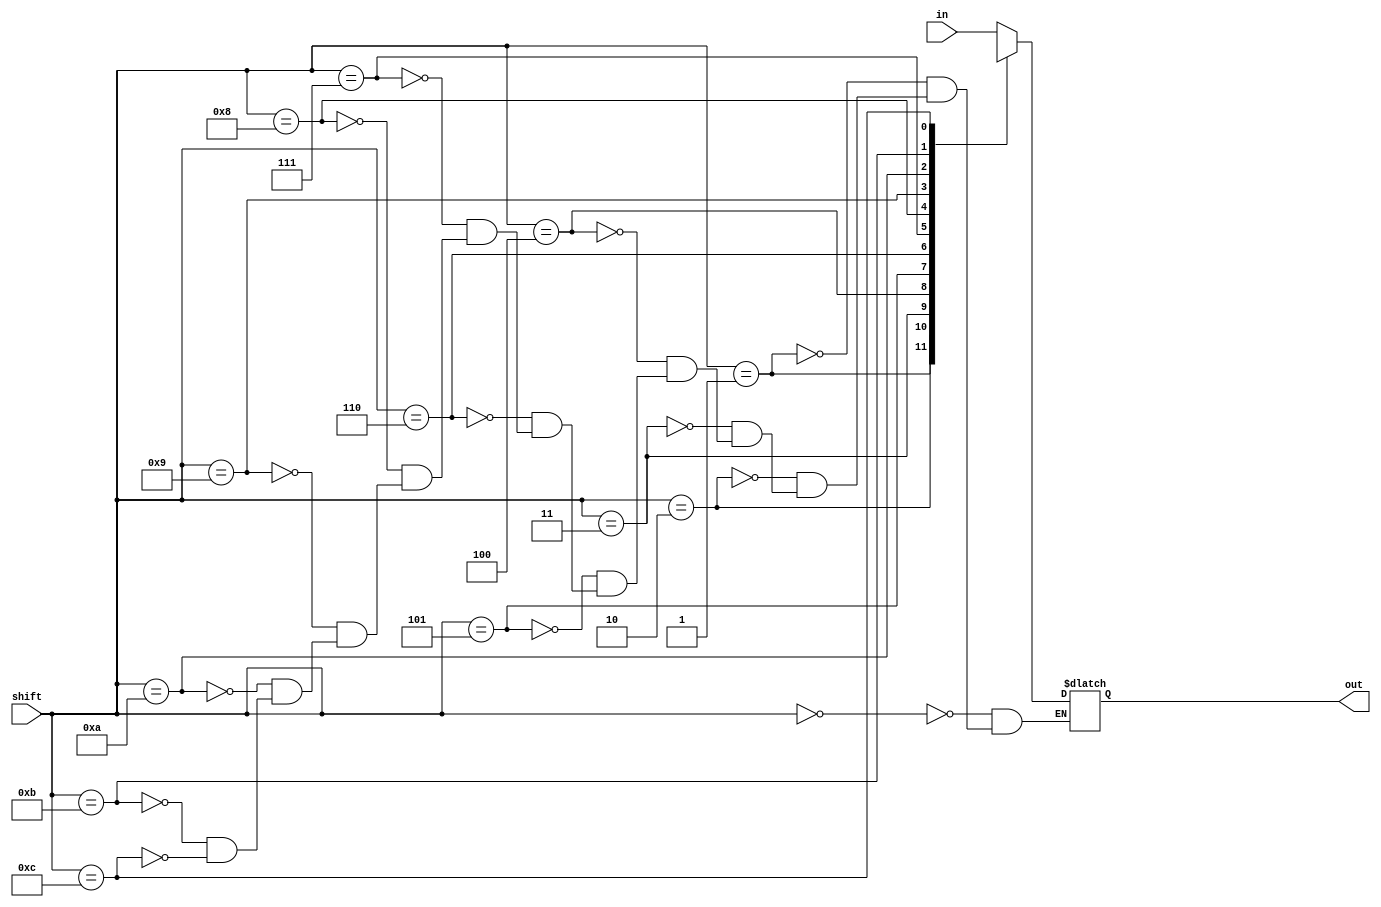
module shifter
	#(
	parameter IN_WIDTH		= 20,
	parameter SHFT_WIDTH	= 4,
	parameter OUT_WIDTH		= 20
	)
	(
	input			[IN_WIDTH-1:0] 					in,
	input			[SHFT_WIDTH-1:0] 				shift, // value 0
	output	reg		[OUT_WIDTH-1:0]					out
    );

	always@*
		case (shift)
		00:	out	= in[IN_WIDTH-1-00: IN_WIDTH-OUT_WIDTH-00];
		01:	out	= in[IN_WIDTH-1-01: IN_WIDTH-OUT_WIDTH-01];
		02:	out	= in[IN_WIDTH-1-02: IN_WIDTH-OUT_WIDTH-02];
		03:	out	= in[IN_WIDTH-1-03: IN_WIDTH-OUT_WIDTH-03];
		04:	out	= in[IN_WIDTH-1-04: IN_WIDTH-OUT_WIDTH-04];
		05:	out	= in[IN_WIDTH-1-05: IN_WIDTH-OUT_WIDTH-05];
		06:	out	= in[IN_WIDTH-1-06: IN_WIDTH-OUT_WIDTH-06];
		07:	out	= in[IN_WIDTH-1-07: IN_WIDTH-OUT_WIDTH-07];
		08:	out	= in[IN_WIDTH-1-08: IN_WIDTH-OUT_WIDTH-08];
		09:	out	= in[IN_WIDTH-1-09: IN_WIDTH-OUT_WIDTH-09];
		10:	out	= in[IN_WIDTH-1-10: IN_WIDTH-OUT_WIDTH-10];
		11:	out	= in[IN_WIDTH-1-11: IN_WIDTH-OUT_WIDTH-11];
		12:	out	= in[IN_WIDTH-1-12: IN_WIDTH-OUT_WIDTH-12];
		endcase
endmodule